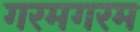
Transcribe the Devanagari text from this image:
गरमगरम